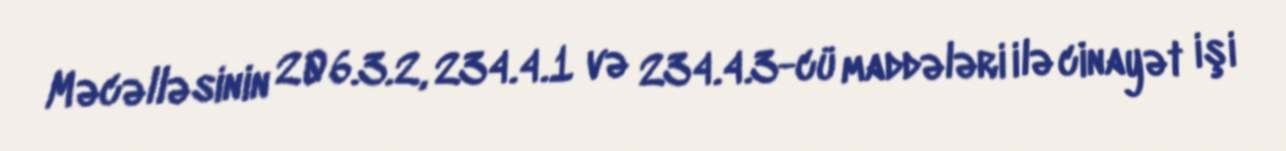
Məcəlləsinin 206.3.2, 234.4.1 və 234.4.3-cü maddələri ilə cinayət işi